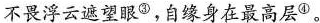
不畏浮云遮望眼^{③}，自缘身在最高层^{④}。